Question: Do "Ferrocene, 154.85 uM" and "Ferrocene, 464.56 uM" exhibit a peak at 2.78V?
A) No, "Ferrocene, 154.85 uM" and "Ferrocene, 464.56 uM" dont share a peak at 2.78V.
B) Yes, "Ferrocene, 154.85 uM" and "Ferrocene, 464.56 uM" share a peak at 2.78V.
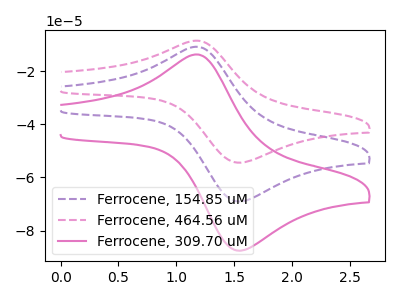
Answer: <think>The purple dashed curve "Ferrocene, 154.85 uM" has an anodic peak at (1.20V, -10.80uA) and a cathodic peak at (1.60V, -68.90uA). The pink dashed curve "Ferrocene, 464.56 uM" has an anodic peak at (1.20V, -21.65uA) and a cathodic peak at (1.60V, -137.80uA). The pink curve "Ferrocene, 309.70 uM" has an anodic peak at (1.20V, -13.70uA) and a cathodic peak at (1.60V, -87.40uA).</think>
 <answer>A) No, "Ferrocene, 154.85 uM" and "Ferrocene, 464.56 uM" dont share a peak at 2.78V.</answer>
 <eval>A</eval>